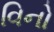
વિનો